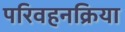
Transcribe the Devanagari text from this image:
परिवहनक्रिया